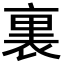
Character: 裏